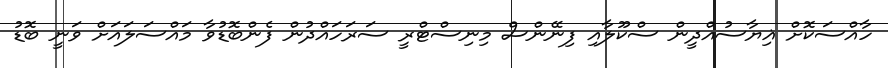
ހާއްސަކޮށް ޣިޔާސުއްދީން ސްކޫލާއި ފިނޭންސް މިނިސްޓްރީ ސަރަހައްދުން ފެންބޮޑުވާ މައްސަލައަށް ވަނީ ބޮޑު